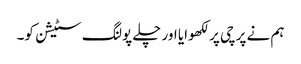
ہم نے پرچی پر لکھوایا اور چلے پولنگ سٹیشن کو۔